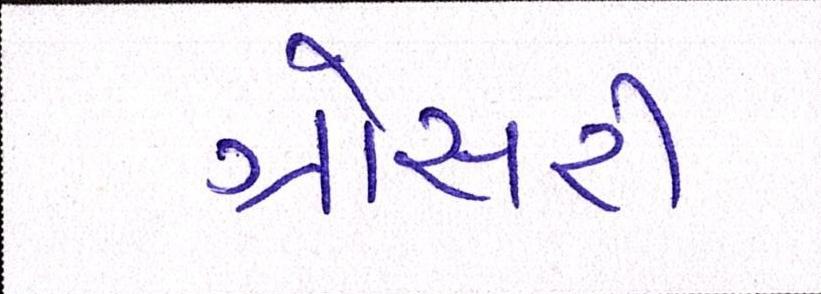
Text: ગ્રોસરી